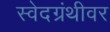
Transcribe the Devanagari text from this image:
स्वेदग्रंथीवर